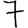
Digit: 7